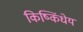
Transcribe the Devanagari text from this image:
किष्किंधेय